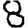
Digit: 8